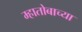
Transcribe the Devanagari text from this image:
म्हातोबाच्या